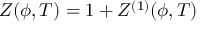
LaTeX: Z ( \phi , T ) = 1 + Z ^ { ( 1 ) } ( \phi , T )